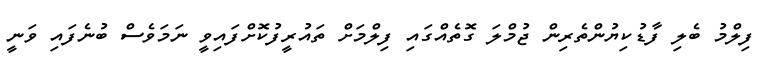
ފިލްމު ބެލި ފާޑުކިޔުންތެރިން ޖުމްލަ ގޮތެއްގައި ފިލްމަށް ތައުރީފުކޮށްފައިވީ ނަމަވެސް ބުނެފައި ވަނީ